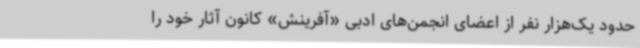
حدود یک‌هزار نفر از اعضای انجمن‌های ادبی «آفرینش» کانون آثار خود را